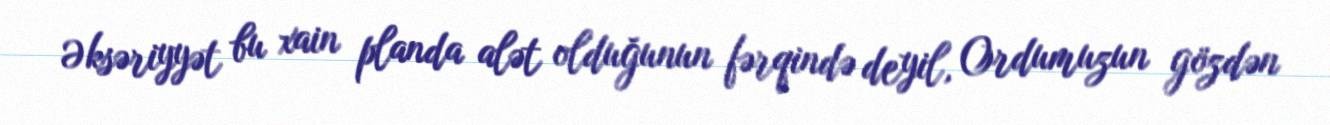
Əksəriyyət bu xain planda alət olduğunun fərqində deyil, Ordumuzun gözdən